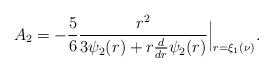
LaTeX: \begin{align*}A_2=-\frac{5}{6}\frac{r^2}{3\psi_2(r)+r\frac{d}{dr}\psi_2(r)}\Big|_{r=\xi_1(\nu)}.\end{align*}